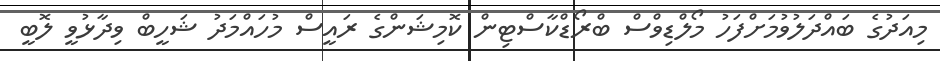
މިއަދުގެ ބައްދަލުވުމަށްފަހު މޯލްޑިވްސް ބްރޯޑްކާސްޓިން ކޮމިޝަންގެ ރައީސް މުހައްމަދު ޝަހީބް ވިދާޅުވީ ލޮބީ